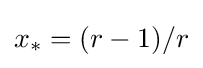
x_{*}=(r-1)/r